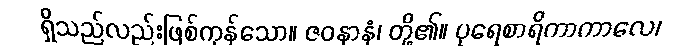
ရှိသည်လည်းဖြစ်ကုန်သော။ ဇဝနာနံ၊ တို့၏။ ပုရေစာရိကာကာလေ၊